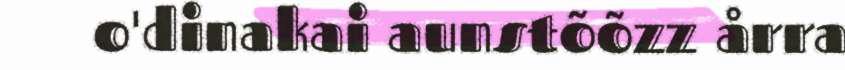
o'dinakai aunstõõzz årra